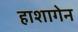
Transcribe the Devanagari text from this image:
हाशागेन